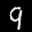
Digit: 9